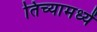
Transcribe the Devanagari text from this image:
तिच्यामध्यें